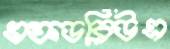
এফডব্লিউএ